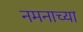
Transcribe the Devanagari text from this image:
नमनाच्या